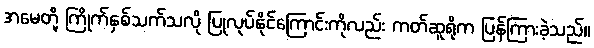
အမေတို့ ကြိုက်နှစ်သက်သလို ပြုလုပ်နိုင်ကြောင်းကိုလည်း ကတ်ဆူရိုက ပြန်ကြားခဲ့သည်။